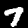
Digit: 7